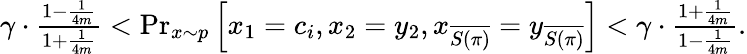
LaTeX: \begin{array}{r}{\gamma\cdot\frac{1-\frac{1}{4m}}{1+\frac{1}{4m}}<\operatorname*{Pr}_{x\sim p}\left[x_{1}=c_{i},x_{2}=y_{2},x_{\overline{{S(\pi)}}}=y_{\overline{{S(\pi)}}}\right]<\gamma\cdot\frac{1+\frac{1}{4m}}{1-\frac{1}{4m}}.}\end{array}